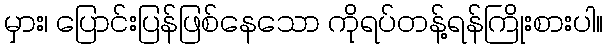
မှား၊ ပြောင်းပြန်ဖြစ်နေသော ကိုရပ်တန့်ရန်ကြိုးစားပါ။